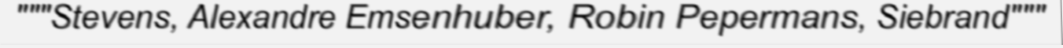
"""Stevens, Alexandre Emsenhuber, Robin Pepermans, Siebrand"""